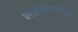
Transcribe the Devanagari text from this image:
एराइथ्रोमाइसिन